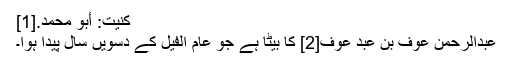
کنیت: أَبُو مُحَمَّدٍ.[1]
عبدالرحمن عوف بن عبد عوف[2] کا بیٹا ہے جو عام الفیل کے دسویں سال پیدا ہوا۔